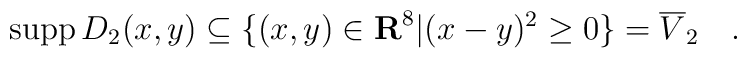
\mbox{supp} \, D_2(x,y) \subseteq \{(x,y) \in {\bf{R}}^8 | (x-y)^2 \geq 0 \}=\overline{V}_2\quad .